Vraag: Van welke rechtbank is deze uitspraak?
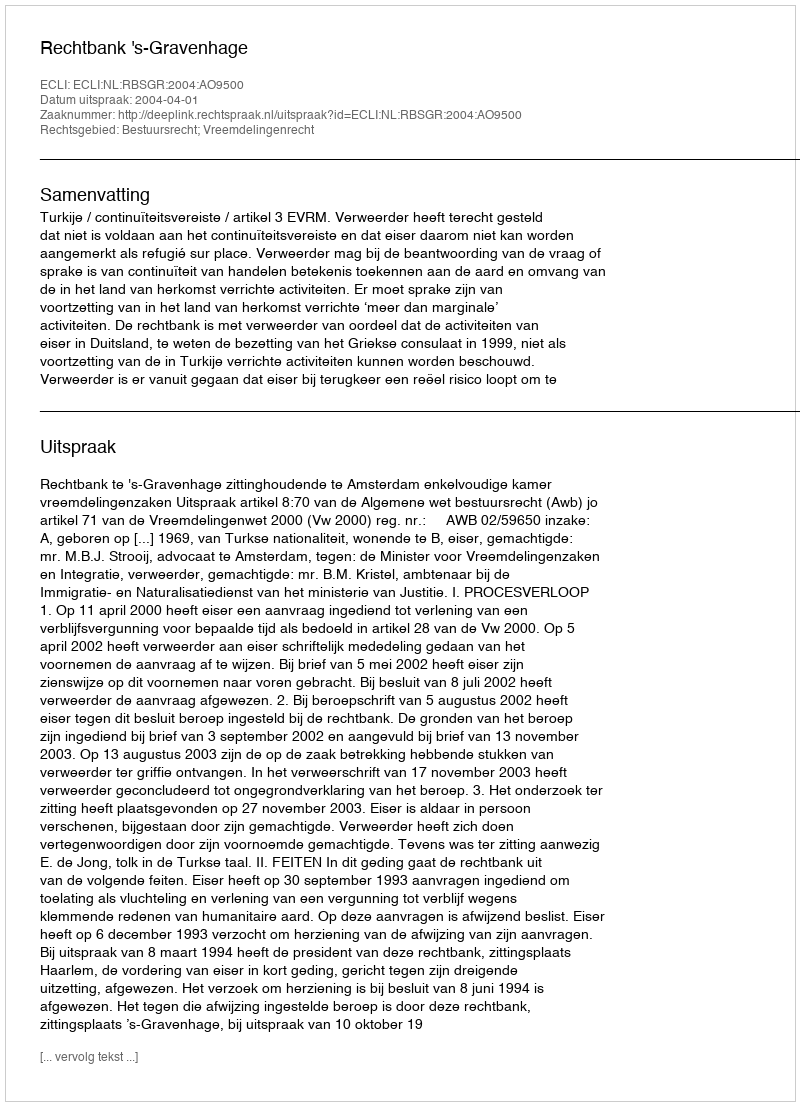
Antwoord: Rechtbank 's-Gravenhage